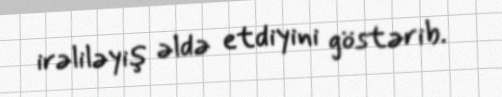
irəliləyiş əldə etdiyini göstərib.